Report on sanitation, dispensaries, and jails in Rajputana for 1913, and on vaccination for the year 1913-1914 - 1913-1914
Year: 1913
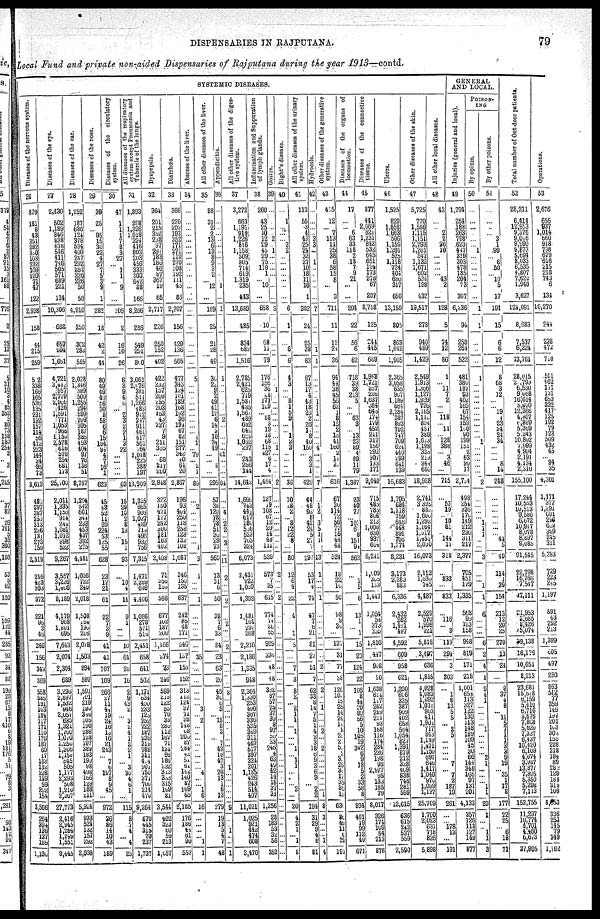
DISPENSARIES IN
RAJPUTANA.
79
Local Fund and private non-aided Dispensaries of Rajputana during the year 1913—contd.
SYSTEMIC DISEASES.
Diseases of the nervous system.
26
879
181
8
43
351
282
300
103
232
169
120
71
47
122
2,938
158
44
215
259
512
338
166
165
536
135
231
192
157
114
56
412
223
144
34
95
73
3,613
483
297
387
253
313
226
131
273
150
2,519
216
423
303
972
221
90
3
46
366
156
343
369
558
585
191
163
184
117
171
110
176
187
60
17
183
132
228
149
59
262
154
3,566
264
394
136
137
199
1,136
Diseases of the eye.
27
2,430
502
1,189
846
838
678
546
411
746
505
571
689
221
134
10,306
688
657
994
1,651
4,721
3,442
957
2,779
2,966
426
1,591
771
1,053
966
1,150
2,578
616
576
254
681
173
25,700
2,011
1,335
1,150
914
244
1,081
1,012
998
522
9,267
3,557
3,226
1,406
8,189
4,179
968
1,801
695
7,643
2,074
2,304
689
3,295
2,897
1,532
946
2,057
635
1,321
1,700
1,070
1,250
1,306
1,156
545
505
1,177
2,293
508
1,210
2,367
27,773
2,416
2,945
1,284
1,249
1,551
8,445
Diseases of the ear.
28
1,252
187
686
124
378
534
400
247
292
252
226
226
50
56
4,910
250
362
283
585
2,028
1,346
389
500
1,256
294
599
209
305
187
385
493
404
97
76
138
51
8,757
1,204
542
601
344
233
453
437
392
276
4,481
1,056
722
240
2,018
1,508
164
190
216
2,078
1,503
894
597
1,501
701
219
190
346
105
190
286
128 197
389
183 199
98
498
166
129
188
211
5,924
933
524
132
157
292
2,038
Diseases of the nose.
29
39
25
... 95
15
30
22
4
27
7
5
3 9
1
282
18
42
2
44
80
49
49
40
56
30
3
58
6
6
15
104
94
4
7
16
1
623
45
43
52
11
20
224
53
125
55
628
23
17
21
61
22
7
3
9
41
41
107
109
266
27
11
44
19
24
l6
13
16
21
243
... 7
6
197
8
9
45
...
972
36
86
14
10
43
189
Diseases of the circulatory
system.
30
47
1
1
1
7
8
3
27
... 1
1
... 9
...
106
2
16
10
26
6
3
9
4
6
... 2
3 2
2
1
3
22
...
...
...
...
63
15
29
10
2
8
13
... 15
1
93
...
10
4
14
9
1
...
...
10
64
20
16
2
9
43
2 ...
...
... 187
1
2 2
1
...
3 3
4
6
1
...
115
8
7
4 ...
1
23
All
diseases of the respiratory
system
except Pneumonia and
Tubercle of the lungs.
31
1,893
298
1,326
1,018
324
416
803
203
456
333
300
642
38
166
8,266
286
549
251
800
3,061
2,076
381
511
1,266
483
912
217
911
461
417
561
764
1,048
225
388
197
13,909
1,325
665
906
1,027
489
719
496
932
756
7,315
1,471
2,289
616
4,466
1,086
278
571
515
2,451
658
641
502
1,171
634
430
233
125
252
722
187
939
318
788
311
424
207
750
371
700
214
470
9,264
670
445
315
70
237
1,737
Dyspepsia.
32
364
201
215
352
238
97
297
183
186
46
37
367
19
65
2,717
226
250
152
402
422
232
157
209
255
203
153
43
227
7
9
211
335
... 68
217
200
2,948
322
150
471
177
242
366
181 163
402
2,408
71
356
l59
586
677
102
187
260
1,166
274
73
246
599
219
122
55
76
38
280
112
167
71
134
96
186
232
313
333
315
109
81
3,544
402
323
60
59
213
1,657
Diarrhœa.
33
366
220
203
193
352
171
271
119
270
108
192
111
45
86
2,707
156
429
136
565
477
343
124
101
189
168
192
36
194
67
82
151
277
342
40
64
26
2,867
196
93
404
250
118 258
128
132
108
1,687
346
156
135
637
242
85
48
171
546
l37
155
152
313
l12
124
37
71
38
l46
08
206
87
284
42
51
61
144
140
87
109
65
2,185
176
186
44
61
90
557
Abscess of the liver.
34
...
...
...
...
...
...
...
...
...
...
...
...
...
...
...
...
...
...
...
5
...
...
...
...
...
...
...
...
... 1
1
... 79
... 2
1
89
...
2
...
...
...
...
...
1
3
1
...
...
1
...
...
...
...
35
...
...
...
...
... 3
... 2
...
...
...
...
...
...
...
... 4
...
... 1
6
16
...
...
...
... 1
1
All other diseases of the liver.
35
88
31
2
2
13
6
13
8
9
3
2
... 12
...
189
25
21
28
49
36
22 9
2
49
41
12
6
14
3
10
34
49
...
... 8
...
295
57
38
120
78
78 51
38
29
73
560
13
31
6
50
38
7
6
33
84
23
63
29
45
30
6
5
... 13
8
3
...
7 43
10
47
3 20
13
1
6 13
279
19
13
5
4
...
48
Appendicitis.
36
...
...
...
...
...
...
...
...
...
...
...
... 1
...
1
...
...
...
...
1
...
...
...
...
...
... 2
...
...
...
...
... 61
...
...
...
64
...
... 4
... 2
2
... 3
...
11
2
...
2
...
2
...
...
2
7
...
8
...
...
...
...
...
... ...
...
...
...
...
... 1
...
...
...
...
...
9
...
... 1
...
...
1
All other diseases of the diges-
tive system.
37
3,272
663
1,191
919
1,226
816
1,158
509
805
714
619
1,319
235
443
13,889
485
834
682
1,516
2,785
2,421
625
719
1,584
485
1,568
489
632
642
629
1,052
297
... 243
286
144
14,642
1,695
743
444
617
380
556
523
763
324
6,073
2,431
922
1,039
4,392
1,481
164
297
268
2,210
2,186
1,335
948
2,364
1,330
253
400
367
336
535
349
311
462
517
397
324
301
1,185
426
243
514
407
11,021
1,025
921
442
474
608
3,470
Inflammation
and Suppuration
of lymph glands.
38
260
43
25
10
12
29
45
29
75
119
1
... 10
...
658
10
68
11
79
176
156
36
21
171
129
... 88
3
19
18
68
115
427
6
17
4
1,454
127
19
108
67
12
20
14
48
111
526
573
7 35
615
774
78
...
55
929
336
48
43
332
87
57
25
37
30
8
97
56
33
245
4 66
40
42
14
16
37
31
1,256
23
183
53
32
56
352
Goitre.
39
...
...
...
... 2
... 1
...
...
...
...
...
...
...
3
...
...
...
...
...
... 1
...
...
...
...
...
...
...
...
... 1
...
...
...
...
2
...
...
...
... ...
...
...
...
...
...
2
...
...
2
...
...
...
...
...
....
...
...
...
...
...
...
...
... ...
...
...
...
...
...
...
...
...
...
...
...
...
...
...
...
...
...
...
...
Bight's disease.
40
...
1
...
...
...
3 2
...
...
...
...
...
...
...
6
1
...
6
6
4
3
...
... 8
1
5
9
...
... 1
2
3
...
...
...
...
36
10
18
2
... ...
12
22
8
...
80
12
6
4
22
4
...
... 1
5
...
7
3
8
2
... 2
1
1
... 1
...
... 1
... 1
1
...
...
... 2
...
20
4
2
1
... 1
8
All other diseases of the urinary
system.
41
113
55
3
4
43
25
24
32
27
10
18
11
16
1
382
24
25
38
63
67
13
17
4
43
18
23
2
26
11
8
40
150
... 3
3
1
429
44
48
92
8
42
24
5
27
7
297
53
17
4
74
47
7
...
21
81
27
51
7
62
33
8
14
7
5 1
4
2
3 18
6
9
3 6
9
... 2
2
194
31
29
9 4
3
81
Hydrocele.
42
...
...
...
... 3
3
...
... 1
...
...
...
...
...
7
...
...
1
1
...
...
...
... 1
1
1
...
...
...
...
... 4
...
...
...
...
7
...
1
2
...
...
...
... 1
...
13
1
...
...
1
...
...
...
...
...
...
...
...
...
...
... 1
...
...
... 2
...
...
...
...
..
..
...
...
...
... 1
8
3
...
...
... 1
4
Other diseases of the generative
system.
43
415
12
... 7
113
11
25
38
6
58
15
8
...
3
711
11
12
24
36
94
44
38
45
56
62
1
8
15
2
15
41
160
2
11
2
...
616
67
30
114
72
56
77
16
44
48
524
18
22
10
50
98
9
30
137
31
77
...
120
103
15
25
14
24
18
8
25
23
53
... 33
29
33
17
35
36
12
636
26
49
11
6
38
191
Diseases of the organs of
locomotion.
44
17
...
...
6
63
33
118
2
18
7
9
21
...
...
294
22
56
6
62
718
39
38
213
5
...
... 63
3
... 13
23
89
4
89
11
79
1,387
23
40
77
... 103
67
8
151
94
563
...
1 5
6
13
1
375 1
15
20
124
22
106
8
44
20
86
56
5
10
106
19
342
6
9
18
5 2
33
58
8
934
401
19
99
112
40
671
Diseases
of the connective
tissue.
45
377
441
2,069
621
1,231
842
532
645
651
124
173
278
67
207
8,758
125
244
445
689
1,988
1,721
267
205
1,637
384
645
174
179
452
211
317
156
292
107
133
171
9,040
715
485
785
806
213
1,006
630
937
684
6,211
1,009
365
133
1,447
1,054
54
373
355
1,816
417
908
20
1,638
614
147
262
289
214
93
l68
116
174
284
286
198
98
2,977
95
133
185
79
8,017
326
174
109
54
213
876
Ulcers.
46
1,525
829
1,858
1,663
506
1,159
1,201
525
1,118
724
404
680
317
650
13,159
805
863
1,042
1,905
2,365
3,058
635
907
1,189
664
2,284
387
893
702
747
709
624
440
299
641
139
16,683
1,705
684
1,118
759
645
448
891
706
1,774
8,231
3,173
2,283
883
6,336
2,432
262
1,401
497
4,592
609
958
621
1,200
606
325
387
909
402
658
564
1,054
827
1,391
879
212
328
469
838
746
281
599
12,615
636
615
243
537
559
2,590
Other diseases of the skin.
47
5,725
770
1,586
1,115
1,151
2,793
1,261
547
1,132
1,671
602
534
198
432
19,517
278
940
489
1,429
2,549
1,913
1,366
1,127
1,939
726
2,185
1,112
834
451
389
1,623
1,198
333
213
344
686
18,988
2,741
3,398
883
1,600
1,292
1,164
1,017
1,451
2,030
16,073
2,112
l,630
745
4,487
2,529
570
1,998
721
5,818
3,497
636
1,845
1,028
4,083 1,092
1,012
903
411
1,904
717 843
1,149
1,471 1,156
697
646
1,417
1,040
976
1,039
1,137
25,709
1,700
2,023
631
718
826
5,898
All other local diseases.
48
43
...
... 2
2
26
10
...
...
...
... 43
2
...
128
5
74
12
86
1
... 11
7
2
...
... 118
... 11
... 128
388
... 3
46
...
715
...
53
19
... 10
81
... 144
11
318
...
833
...
833
...
l16
... 3
119
294
3
303
...
1
8
13
5
5
... 2
5
...
... ...
... 7
... 7 2
187
19
261
...
... 178 13
...
191
GENERAL
AND LOCAL.
Injuries (general and local).
49
1,794
254
188
263
798
623
447
319
303
478
185
204
73
307
6,236
94
258
264
522
481
380
187
93
402
165
67
154
153
100
90
199
151
2
63
90
17
2,734
498
254
336
170
l49
212
230
311 217
2,377
705
451
179
1,335
563
93
123
158
918
819
171
218
1,001
654
113 327
122
130
113
148
189
109
45
30
66
144
348
165 97
131
201
4,133
357
126
118
127
149
877
POISON-
---
By opium.
50
...
...
...
...
...
... 1
...
...
...
...
...
...
...
1
1
...
...
...
1
...
...
...
...
...
...
...
...
...
... 1
...
...
...
...
...
2
...
...
...
... 1
1 1
5
...
3
...
... 1
1
6
...
...
...
6
2
4
4
9
4
1
...
...
...
... 1
...
...
...
... 2
1
...
...
...
1 1
20
1
...
... 1
1
3
By other poisons.
51
...
...
...
... 3
1
99
6
50
...
10
5
17
191
15
6
6
12
8
68
3
12
...
... 19
1
23
34
24
34
...
...
... 8
14
248
...
...
...
...
...
...
... 44
5
49
114
1
39
154
213
12
20
25
270
13
24
...
8
37
4
8
... 11
5
7
1
1
3
5
9
19
... 35
1
17
8
177
22
25
... 6
18
71
Total number of Out-door patients.
52
28,211
6,414
12,953
9,376
9,016
9,990
9,873
5,694
8,033
6,535
4,807
7,622
1,940
3,627
124,091
8,683
7,537
6,224
13,761
28,015
21,799
6,530
9,068
16,614
5,970
12,366
4,807
6,889
5,369
5,243
10,892
7,999
4,904
2,191
4,134
2,310
155,100
17,244
10,553
10,513
9,586
6,672
10,917
8,078
8,897
9,085
91,545
22,798
16,766
7,547
47,111
21,953
3,685
8 426
25,074
29,138
16,176
10,651
8,230
23,681
15,628
6,159
5410
6,716
3,676
7,868
5,620
7,337
6,437
10,420
6,109
4,674
3,987
13,877
7,395
5,350
5,298
7,113
152,755
11,297
10,774
4,701
4,460
6,673
37,805
Operations.
53
2,676
656
937
1,014
660
918
798
679
616
215
218
743
6
134
10,270
244
238
472
710
501
462
171
131
653
332
417
125
192
79
123
509
432
45
... 94
35
4,301
1,171
377
1,291
691
246
632
399
245
311
5,393
729
223
245
1,197
891
43
252
213
1,399
605
497
230
863
512
77
359
149
l97
201
103
304
155
228
218
184
89
282
129
188
310
109
4,453
336
253
145
79
349
1,162